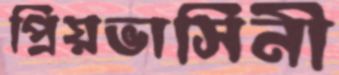
প্রিয়ভাসিনী